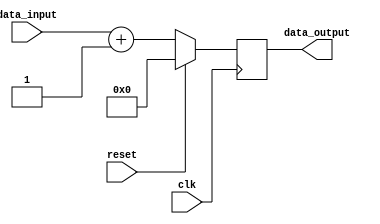
module synchronous_behavior (
  input clk,
  input reset,
  input [7:0] data_input,
  output reg [7:0] data_output
);

always @ (negedge clk) begin
  if (reset) begin
    data_output <= 8'h00; // reset output to 0
  end else begin
    // your synchronous logic goes here
    data_output <= data_input + 1; // for example, increment input by 1
  end
end

endmodule